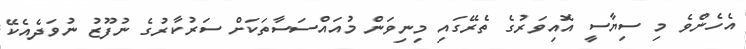
އެހެންވެ މި ސިޔާސީ އޮއިވަރުގެ ތެރޭގައި މިނިވަން މުއައްސަސާތަކަށް ސަރުކާރުގެ ނުފޫޒު ނުވަދެއެކޭ